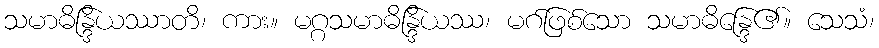
သမာဓိန္ဒြိယဿာတိ၊ ကား။ မဂ္ဂသမာဓိန္ဒြိယဿ၊ မဂ်ဖြစ်သော သမာဓိန္ဒြေ၏။ သေသံ၊